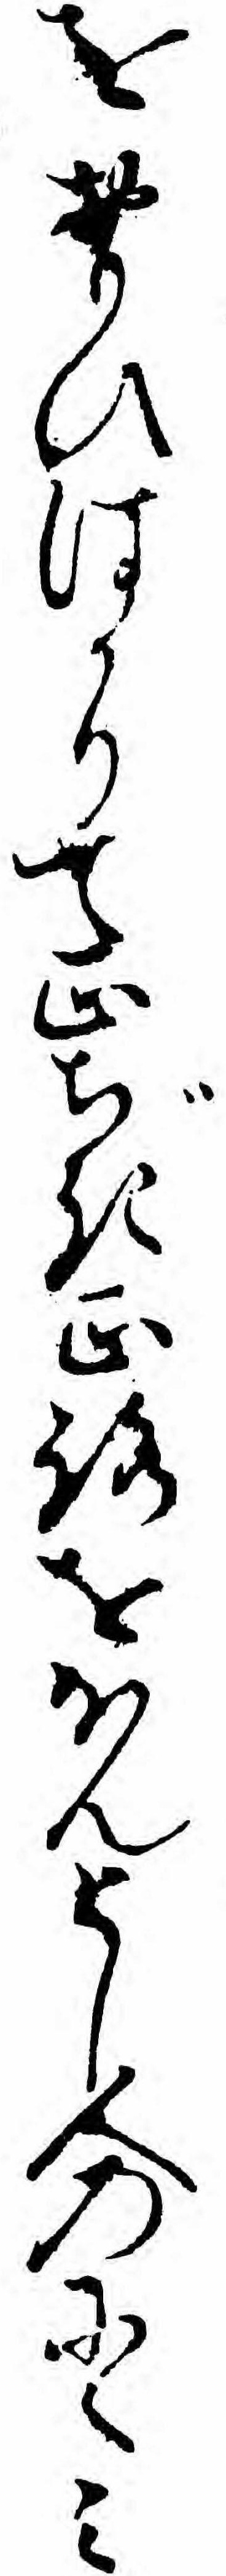
をおもひはかりて正ぢき正路をほんとし人のにくミ